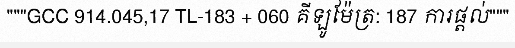
"""GCC 914.045,17 TL-183 + 060 គីឡូម៉ែត្រ: 187 ការផ្តល់"""